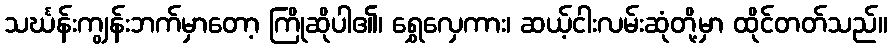
သင်္ဃန်းကျွန်းဘက်မှာတော့ ကြိုဆိုပါ၏၊ ရွှေလှေကား၊ ဆယ့်ငါးလမ်းဆုံတို့မှာ ထိုင်တတ်သည်။